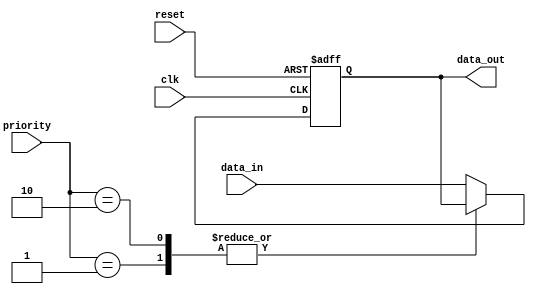
module priority_bypass_register (
    input wire clk,
    input wire reset,
    input wire [7:0] data_in,
    input wire [2:0] priority,
    output reg [7:0] data_out
);

reg [7:0] bypass_data;

always @(posedge clk or posedge reset) begin
    if (reset) begin
        bypass_data <= 8'b0;
    end else begin
        case (priority)
            0: bypass_data <= data_in;
            1: bypass_data <= bypass_data;
            2: bypass_data <= bypass_data;
            default: bypass_data <= data_in;
        endcase
    end
end

assign data_out = bypass_data;

endmodule